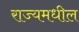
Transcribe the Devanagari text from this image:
राज्यमधील